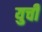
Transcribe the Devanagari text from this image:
युची